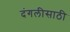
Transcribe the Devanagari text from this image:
दंगलीसाठी